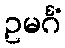
ဥမင်္ဂံ